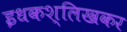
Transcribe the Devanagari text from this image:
इधकश्लिखकर